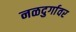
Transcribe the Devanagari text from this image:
नळदुर्गावर